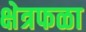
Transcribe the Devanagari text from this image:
क्षेत्रफळा